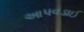
આપવડાઈ